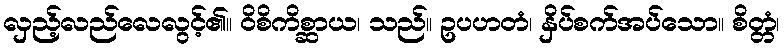
လှည့်လည်လေလွင့်၏။ ဝိစိကိစ္ဆာယ၊ သည်။ ဥပဟတံ၊ နှိပ်စက်အပ်သော။ စိတ္တံ၊